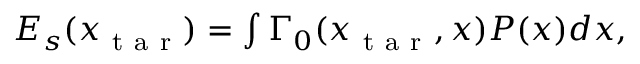
\begin{array} { r } { { E _ { s } ( x _ { \mathrm { ~ t ~ a ~ r ~ } } ) = \int \Gamma _ { 0 } ( x _ { \mathrm { ~ t ~ a ~ r ~ } } , x ) P ( x ) } d x , } \end{array}